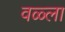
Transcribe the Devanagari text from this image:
वळ्ला